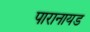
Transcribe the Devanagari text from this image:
पारानायड